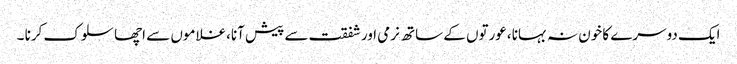
ایک دوسرے کا خون نہ بہانا ،عورتوں کے ساتھ نرمی اورشفقت سے پیش آنا،غلاموں سے اچھا سلوک کرنا ۔